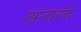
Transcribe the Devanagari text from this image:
अन्वरचे